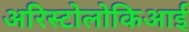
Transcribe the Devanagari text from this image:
अरिस्टोलोकिआई